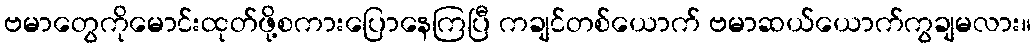
ဗမာတွေကိုမောင်းထုတ်ဖို့စကားပြောနေကြပြီ ကချင်တစ်ယောက် ဗမာဆယ်ယောက်ကွချမလား။